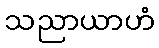
သညာယာဟံ